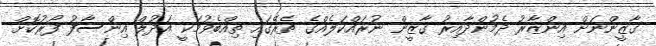
ގާޒީންނަށް އިންޒާރު ދެމުންދާއިރު ގާޒީން ނުރައްކަލެއްގެ ތެރޭގައި ތިއްބެވުމަކީ އަދުލް އިންސާފު ފޯރުކޮށް